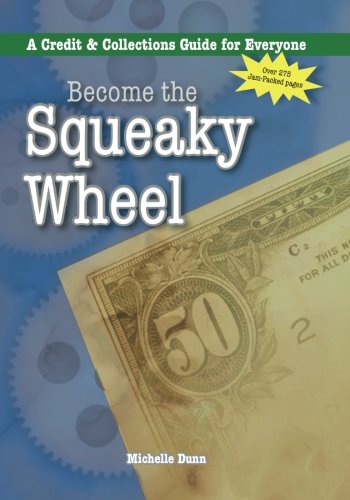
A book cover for Become the Squeaky Wheel: A Credit & Collections Guide for Everyone (The Collecting Money Series) (Volume 4); Michelle Dunn; Business & Money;